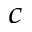
^ { c }